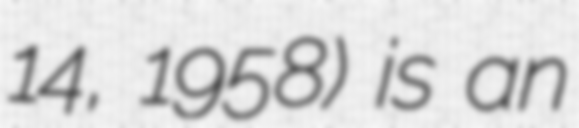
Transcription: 14, 1958) is an